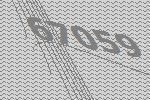
67059